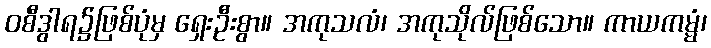
ဝစီဒွါရ၌ဖြစ်ပုံမှ ရှေးဦးစွာ။ အကုသလံ၊ အကုသိုလ်ဖြစ်သော။ ကာယကမ္မံ၊